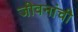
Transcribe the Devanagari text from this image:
जीवनांची